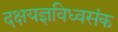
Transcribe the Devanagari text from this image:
दक्षयज्ञविध्वसंक